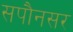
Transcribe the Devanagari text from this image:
सपौनसर